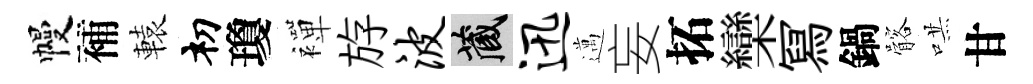
幔補轅𥘉瓊襌斿波藏迅邁妄拓欒冩鍋髂哄甘